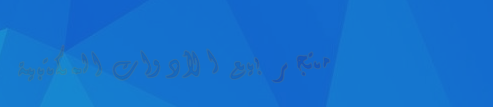
متجر بيع الأدوات المكتبية